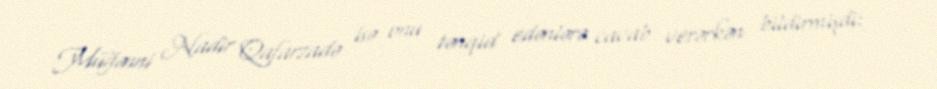
Müğənni Nadir Qafarzadə isə onu tənqid edənlərə cavab verərkən bildirmişdi: